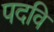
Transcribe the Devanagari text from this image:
पदवि